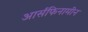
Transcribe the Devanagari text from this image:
आर्सफिनामीन